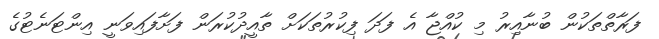
ފަރާތްތަކުން ބުނާއިރު މި ކުއްޖާ އެ ފަދަ ފިކުރުތަކަށް ތާއީދުކުރަން ފަށާފައިވަނީ އިންޓަނެޓުގެ